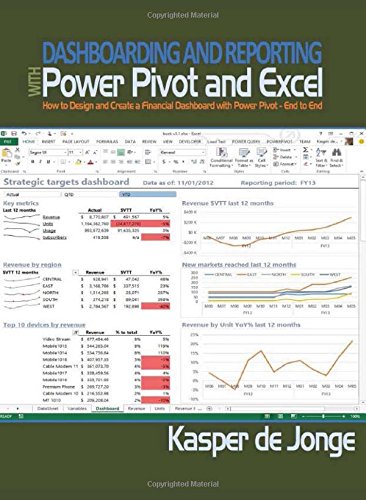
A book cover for Dashboarding and Reporting with Power Pivot and Excel: How to Design and Create a Financial Dashboard with PowerPivot EE End to End; Kasper de Jonge; Computers & Technology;